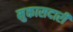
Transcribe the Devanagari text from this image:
मुकासदारी